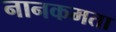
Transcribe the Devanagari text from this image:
नानकमता